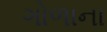
ગોળાના